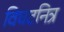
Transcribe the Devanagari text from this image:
विघटनित्र